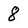
Character: 8